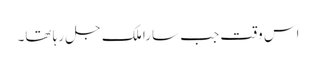
اس وقت جب سارا ملک جل رہا تھا۔